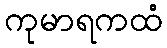
ကုမာရကထံ